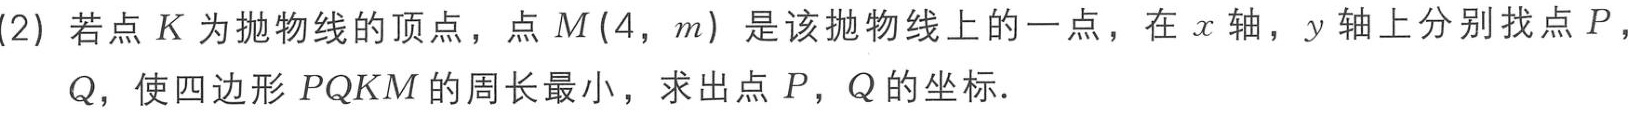
(2) 若点 \(K\) 为抛物线的顶点，点 \(M(4,m)\) 是该抛物线上的一点，在 \(x\) 轴，\(y\) 轴上分别找点 \(P\)，

\(Q\)，使四边形 \(PQKM\) 的周长最小，求出点 \(P\)，\(Q\) 的坐标.